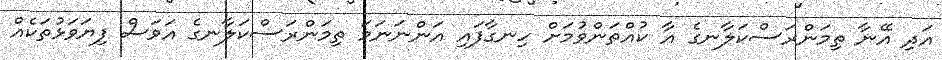
އަދި އޭނާ ތިމަންރަސްކަލާނގެ އާ ކުއްތަންވުމަށް ހިނގާފައި އަންނަނަމަ ތިމަންރަސްކަލާނގެ އަވަސް ފިޔަވަޅުތަކެއް